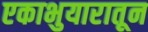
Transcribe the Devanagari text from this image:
एकाभुयारातून